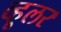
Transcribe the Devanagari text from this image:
व्हूलर